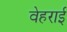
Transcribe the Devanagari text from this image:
वेहराई